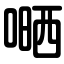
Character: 嗮